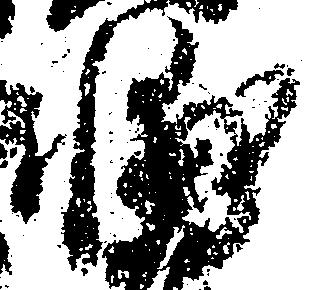
輔